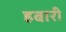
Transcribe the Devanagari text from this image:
हबारी